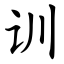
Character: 训